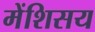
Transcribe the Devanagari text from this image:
मेंशिसय